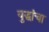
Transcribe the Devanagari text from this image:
युद्धांचा